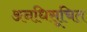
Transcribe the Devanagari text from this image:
अनधिसूचित